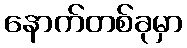
နောက်တစ်ခုမှာ